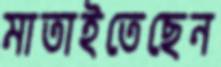
মাতাইতেছেন